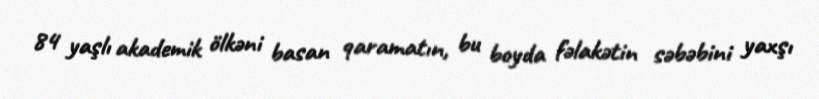
84 yaşlı akademik ölkəni basan qaramatın, bu boyda fəlakətin səbəbini yaxşı